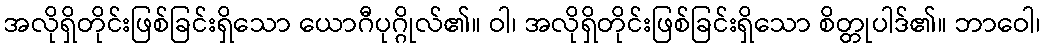
အလိုရှိတိုင်းဖြစ်ခြင်းရှိသော ယောဂီပုဂ္ဂိုလ်၏။ ဝါ၊ အလိုရှိတိုင်းဖြစ်ခြင်းရှိသော စိတ္တုပါဒ်၏။ ဘာဝေါ၊